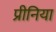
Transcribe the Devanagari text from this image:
प्रीनिया